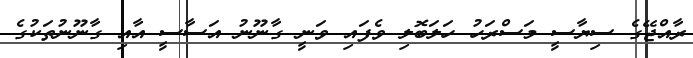
ރާއްޖޭގެ ސިޔާސީ މަސްރަހު ހަލަބޮލި ވެފައި ވަނީ ގާނޫނު އަސާސީ އާއި ގާނޫނުތަކުގެ